Annual administration report of the Civil Veterinary Department of India - 1901-1902
Year: 1901
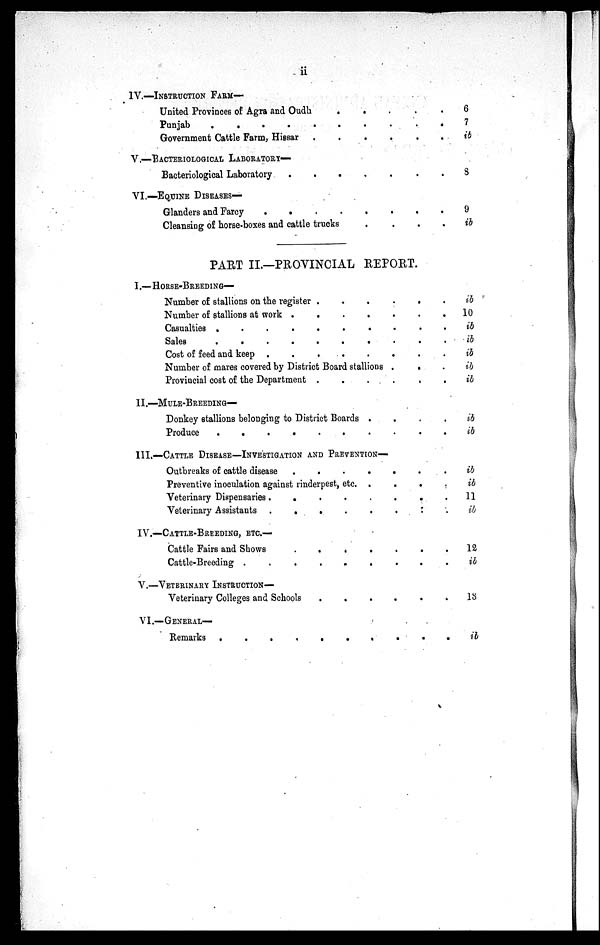
ii
IV.—INSTRUCTION
FARM—
United Provinces of Agra and Oudh . . . . . . .
Punjab
.
.
.
.
.
.
.
.
.
.
Government Cattle Farm, Hissar . . . . . . . . . .
6
7
ib
V. —BACTERIOLOGICAL LABORATORY—
Bacteriological Laboratory . . . . . . . . . . 8
VI.—EQUINE DI SEASES—
Glanders and Farcy . . . . . . . . . .
Cleansing of horse-boxes and cattle trucks
.
.
.
.
9
ib
PART II,—PROVINCIAL REPORT.
I.—HORSE-BREEDING—
Number of stallions on the register . . . . . . . .
Number of stallions at work . . . . . . . . . .
Casualties
.
.
.
.
.
.
.
.
.
.
Sales
.
.
.
.
.
.
.
.
.
.
Cost of feed and keep . . . . . . . . . .
Number of mares covered by District Board stallions . . .
Provincial cost of the Department . . . . . . . . . .
ib
10
ib
ib
ib
ib
ib
II.—MULE-BREEDING—
Donkey stallions belonging to District Boards .
.
.
.
Produce . . . . . . .
ib
ib
III.—CATTLE DISEASE—INVESTIGATION AND PREVENTI ON—
Outbreaks of cattle disease . . . . . . . . . .
Preventive inoculation against rinderpest, etc. .
.
.
.
Veterinary Dispensaries.. . . . . . . . . .
Veterinary Assistants .
.
. . .
ib
ib
11
ib
IV.—CATTLE-BREEDING, ETC.—
Cattle Fairs and Shows
Cattle-Breeding
12
ib
V. —VETERINARY I NSTRUCTI ON—
Veterinary Colleges and Schools
...... 13
VI. —GENERAL—
Remarks
.
.
.
.
.
.
.
.
.
. ib